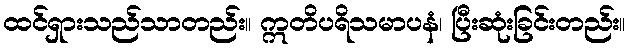
ထင်ရှားသည်သာတည်း။ ဣတိပရိသမာပနံ၊ ပြီးဆုံးခြင်းတည်း။